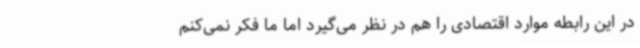
در این رابطه موارد اقتصادی را هم در نظر می‌گیرد اما ما فکر نمی‌کنم